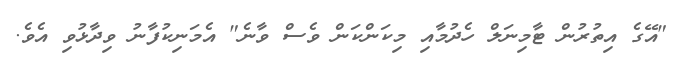
"އޭގެ އިތުރުން ޓާމިނަލް ހެދުމާއި މިކަންކަން ވެސް ވާނެ" އެމަނިކުފާނު ވިދާޅުވި އެވެ.